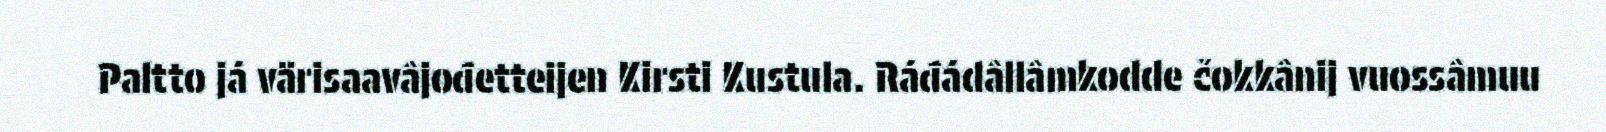
Paltto já värisaavâjođetteijen Kirsti Kustula. Ráđádâllâmkodde čokkânij vuossâmuu